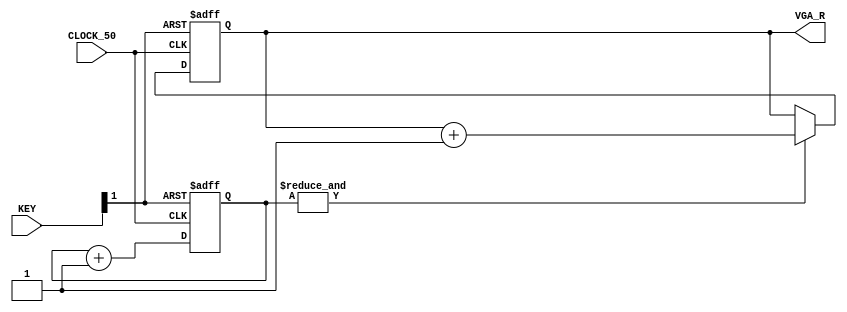
module triangle_gen(CLOCK_50, KEY, VGA_R);

input           CLOCK_50;
input   [1:0]   KEY;
output  [7:0]   VGA_R;

reg     [9:0]   clk_div_cnt;
reg     [7:0]   dac_cnt;

wire    sys_clk     = CLOCK_50;
wire    sys_rst_n   = KEY[1];

assign VGA_R = dac_cnt;

always @(posedge sys_clk, negedge sys_rst_n) begin
    if(~sys_rst_n) begin
        clk_div_cnt <= 10'd0;
    end else begin
        clk_div_cnt <= clk_div_cnt + 1'b1;
    end
end

always @(posedge sys_clk, negedge sys_rst_n) begin
    if(~sys_rst_n) begin
        dac_cnt <= 8'd0;
    end else begin
        if(&clk_div_cnt)
            dac_cnt <= dac_cnt + 1'b1;
    end
end


endmodule